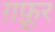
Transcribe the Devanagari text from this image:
ग़फ़ूर